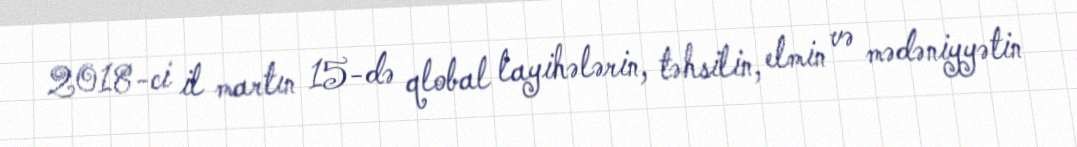
2018-ci il martın 15-də qlobal layihələrin, təhsilin, elmin və mədəniyyətin